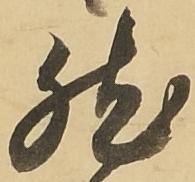
然